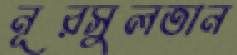
নূরসুলতান